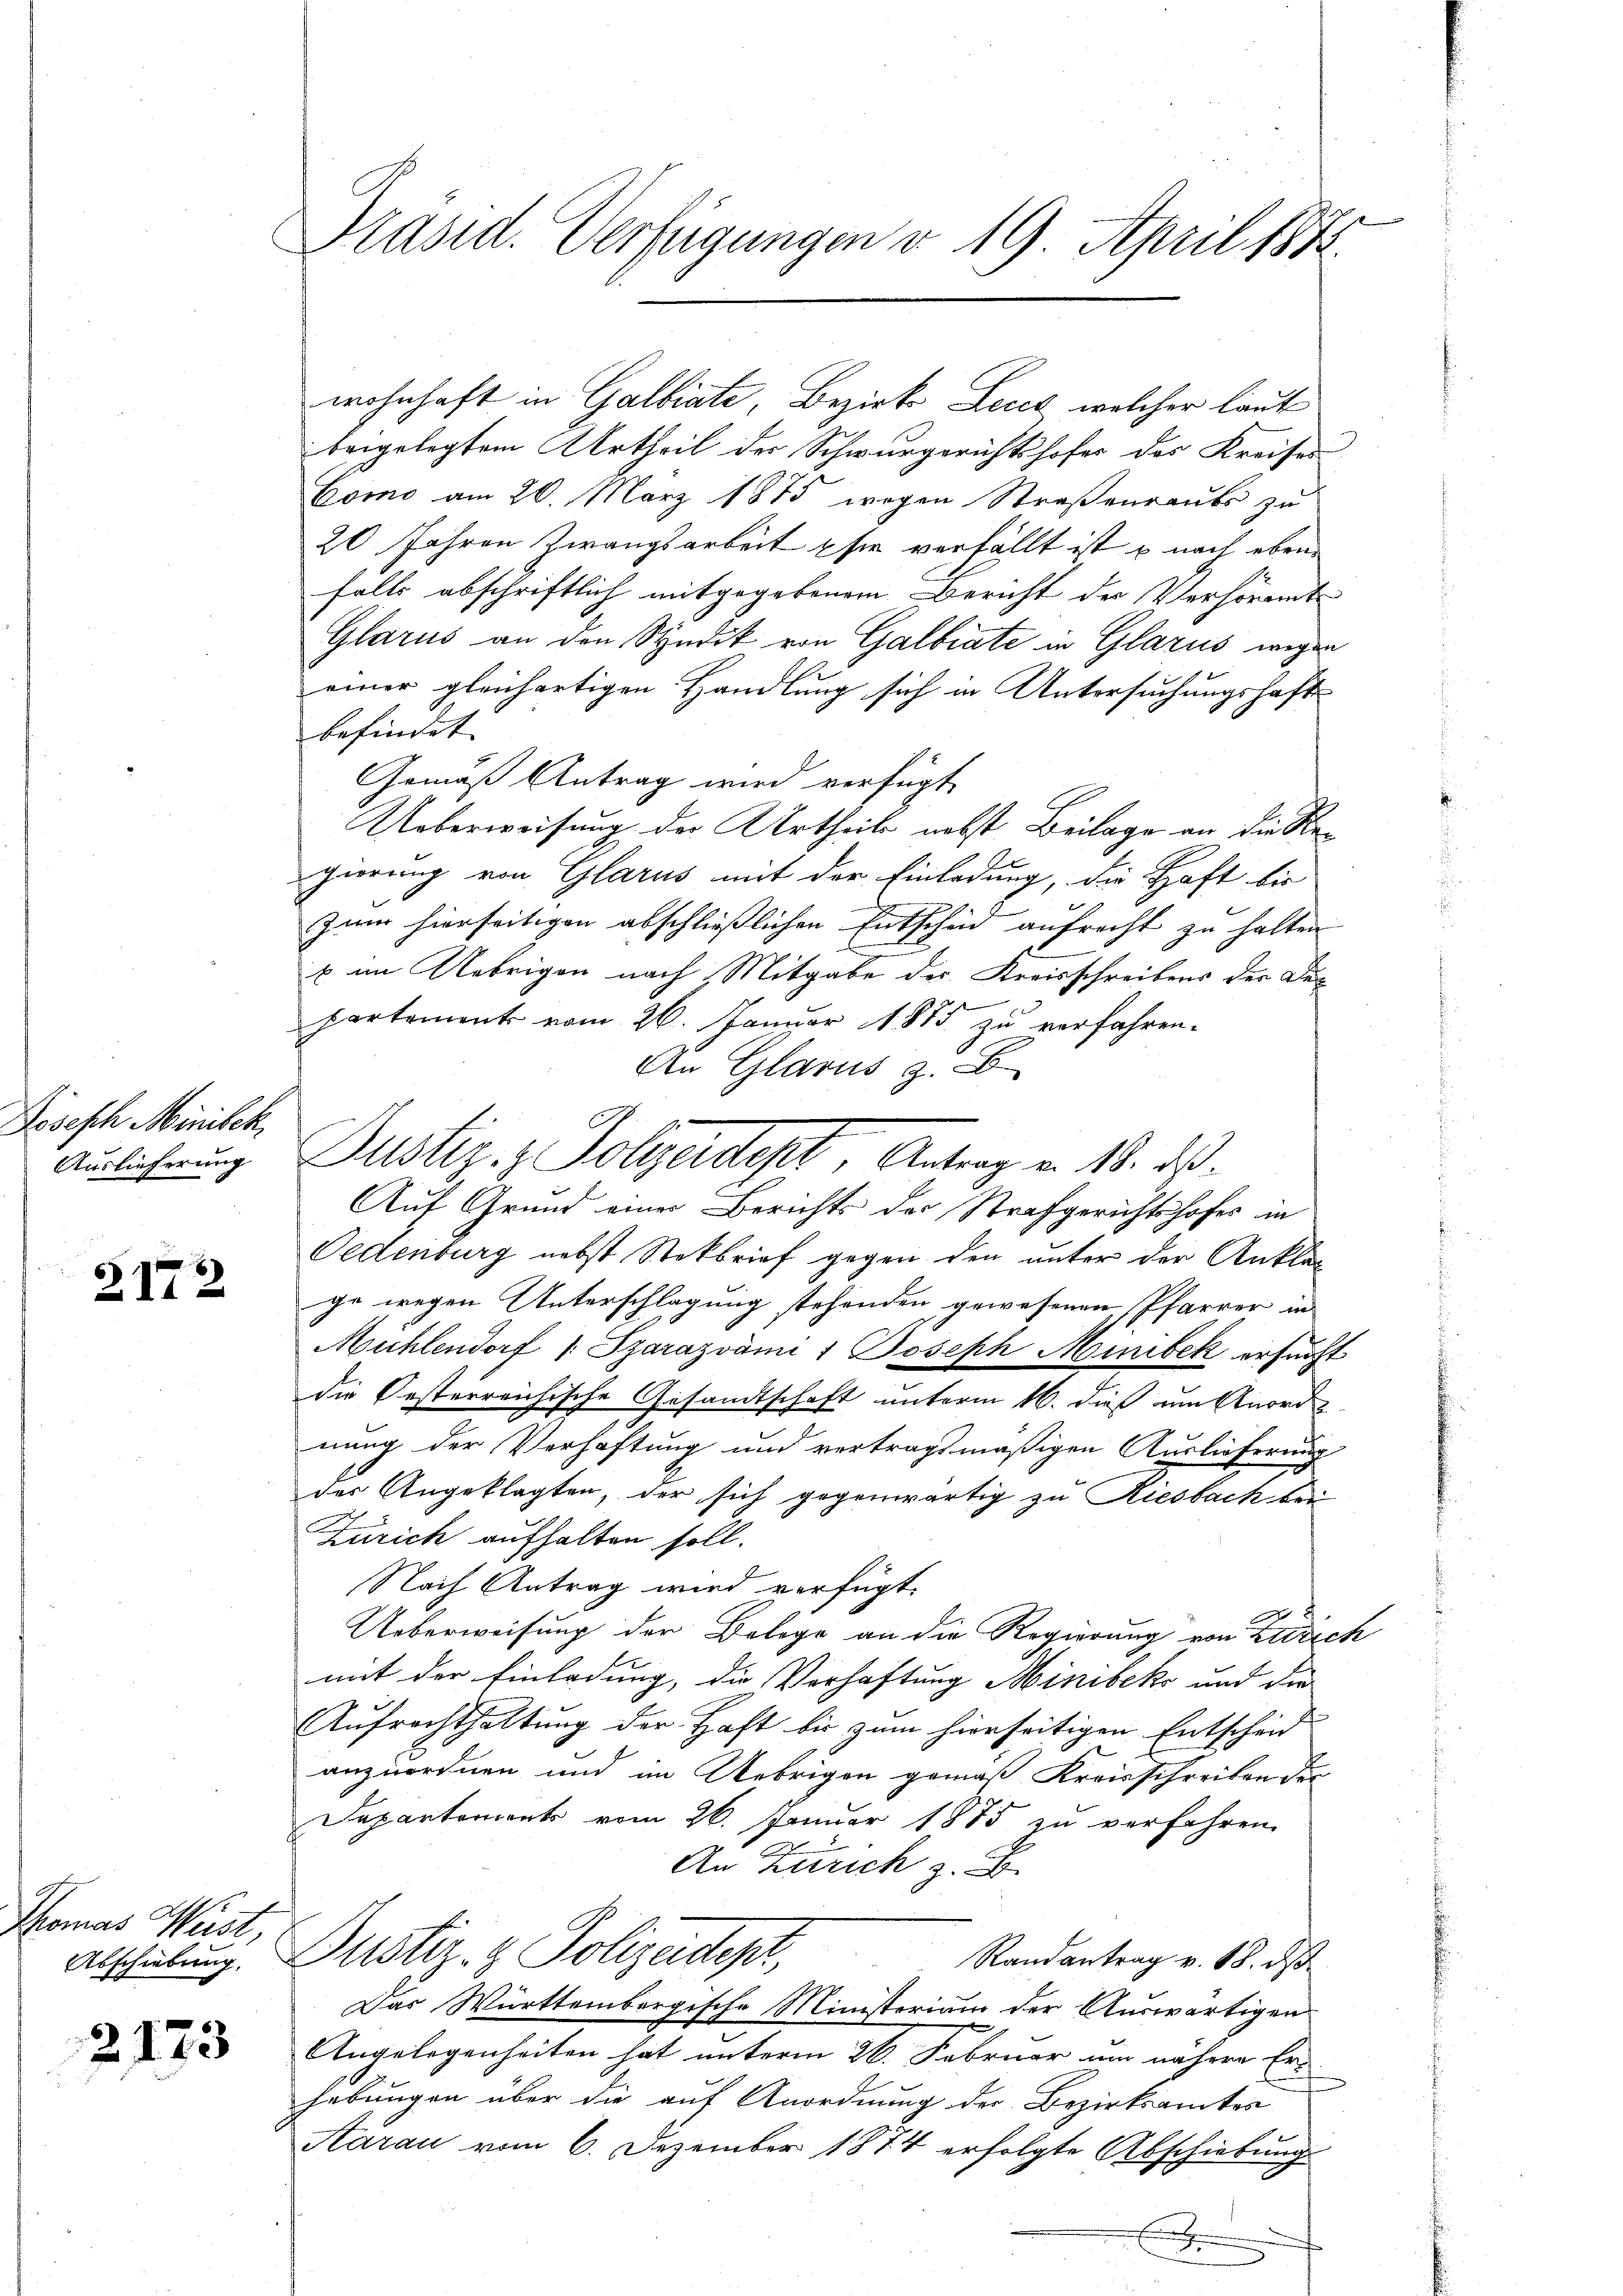
hrichtetendet
Auslieferung

2172

Thomas Wüst,

2123

Präsid. Verfügungen v. 19 April 1872.

wohnhaft in Galbiate, Bezirks Leich, welcher laut
beigelegtem Urtheil der Schwurgerichtshofer des Kreises
Como am 20. März 1875 wegen Straßenraubs zu
20 Jahren Zwangsarbeit sie verfällt ist u nach eben
falls abschriftlich mitgegebenem Bericht der Verhöramt
Glarus an den Syndik von Galbiate in Glarus wegen
einer gleichartigen Handlung sich in Untersuchungshaft
befindet
Gemäß Antrag wird verfügt
Ueberweisung der Urtheils nebst Beilage an die Regierung von Glarus mit der Einladung, die Haft bis
zum hierseitigen abschließlichen Entscheid aufrecht zu halten
x im Uebrigen nach Mitgabe des Kreisschreibens der Dec
partement vom 26. Januar 1885 zu verfahren.
An Glarus z. B.
Auf Grund einer Berichts der Strafgerichtshofes in
Oedenburg nebst Stokbrief gegen den unter der Anklag
ge wegen Unterschlagung stehenden gewesenen Pfarrer in
Mühlendorf /: Szarazvám 1 Joseph Minibek ersucht
die Oesterreichische Gesandtschaft unterm 16. dieß um Anordnung der Verhaftung und vertragsmäßigen Auslieferung
der Angeklagten, der sich gegenwärtig zu Riesbach bei
Zürich aufhalten soll.
Nach Antrag wird verfügt:
Ueberweisung der Belege an die Regierung von Zürich
mit der Einladung, die Verhaftung Minibeks und die
Aufrechthaltung der Haft bis zum hierseitigen Entscheid
anzuordnen und im Uebrigen gemäß Kreisschreiben der
Departements vom 26. Januar 1875 zu verfahren
An Zürich z. B.
Alscheilung. Prustiz- & Polizeidept,
Randantrag v. 18. ds
Das Württembergische Ministerium der Auswärtigen
Angelegenheiten hat unterm 26. Februar um nähere Er-
hebungen über die auf Anordnung der Bezirksamtes
Aarau vom 6. Dezember 1874 erfolgte Abschiebung
E

Justiz- & Folgendes Antrag v. 18. ds.